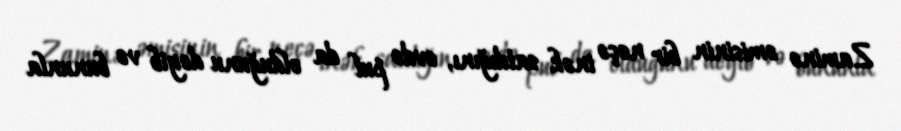
Zaminə əmisinin bir neçə inək satdığını, evdə pul da olduğunu deyib və bununla